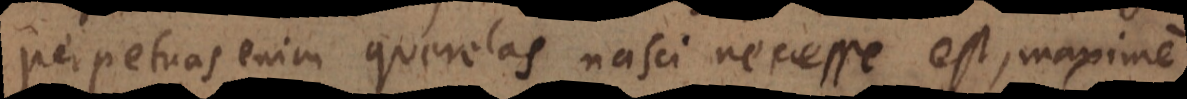
perpetuas enim querelas nasci necesse est, maxime